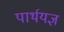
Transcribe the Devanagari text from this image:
पार्थयज्ञ